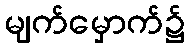
မျက်မှောက်၌